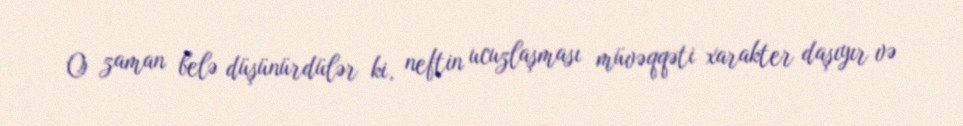
O zaman belə düşünürdülər ki, neftin ucuzlaşması müvəqqəti xarakter daşıyır və